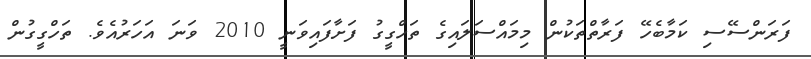
ފަރަންސޭސި ކަމާބެހޭ ފަރާތްތަކުން މިމައްސަލައިގެ ތަހްގީގު ފަށާފައިވަނީ 2010 ވަނަ އަހަރުއެވެ. ތަހްގީގުން